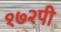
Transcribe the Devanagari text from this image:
१७२पी